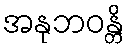
အနုဘဝန္တိ